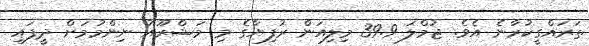
ތަރައްގީކުރާނެ އެވެ. ޖުމްލަ 39.9 މިލިއަން ރުފިޔާގެ މި މަޝްރޫއު ނިންމުމަށް ދީފައި